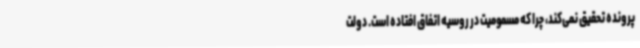
پرونده تحقیق نمی‌کند، چرا که مسمومیت در روسیه اتفاق افتاده است. دولت